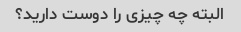
البته چه چیزی را دوست دارید؟